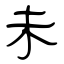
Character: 未